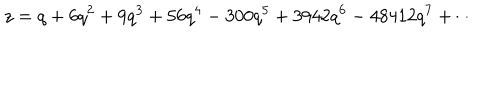
z = q + 6 q ^ { 2 } + 9 q ^ { 3 } + 5 6 q ^ { 4 } - 3 0 0 q ^ { 5 } + 3 9 4 2 q ^ { 6 } - 4 8 4 1 2 q ^ { 7 } + \cdots